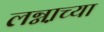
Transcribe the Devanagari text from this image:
लग्ना़च्या